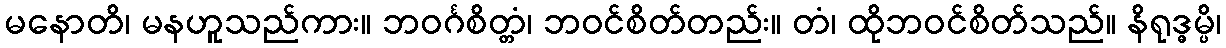
မနောတိ၊ မနဟူသည်ကား။ ဘဝင်္ဂစိတ္တံ၊ ဘဝင်စိတ်တည်း။ တံ၊ ထိုဘဝင်စိတ်သည်။ နိရုဒ္ဓမ္ပိ၊